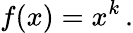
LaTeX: f(x)=x^{k}\, .